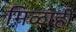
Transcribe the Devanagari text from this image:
मिळाही